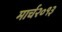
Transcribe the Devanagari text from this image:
मार्च२०१३